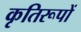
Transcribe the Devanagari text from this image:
कृतिरूपों